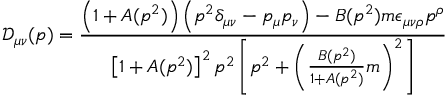
\mathcal { D } _ { \mu \nu } ( p ) = \frac { \left( 1 + A ( p ^ { 2 } ) \right) \left( p ^ { 2 } \delta _ { \mu \nu } - p _ { \mu } p _ { \nu } \right) - B ( p ^ { 2 } ) m \epsilon _ { \mu \nu \rho } p ^ { \rho } } { \left[ 1 + A ( p ^ { 2 } ) \right] ^ { 2 } p ^ { 2 } \left[ p ^ { 2 } + \left( \frac { B ( p ^ { 2 } ) } { 1 + A ( p ^ { 2 } ) } m \right) ^ { 2 } \right] }